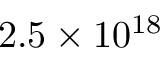
2 . 5 \times 1 0 ^ { 1 8 }